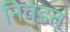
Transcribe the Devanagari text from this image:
निवडत